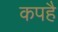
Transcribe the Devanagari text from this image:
कपहै